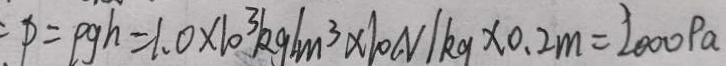
P = p g h = 1 . 0 \times 1 0 ^ { 3 } k g / m ^ { 3 } \times 1 0 N / k g \times 0 . 2 m = 2 0 0 0 P a